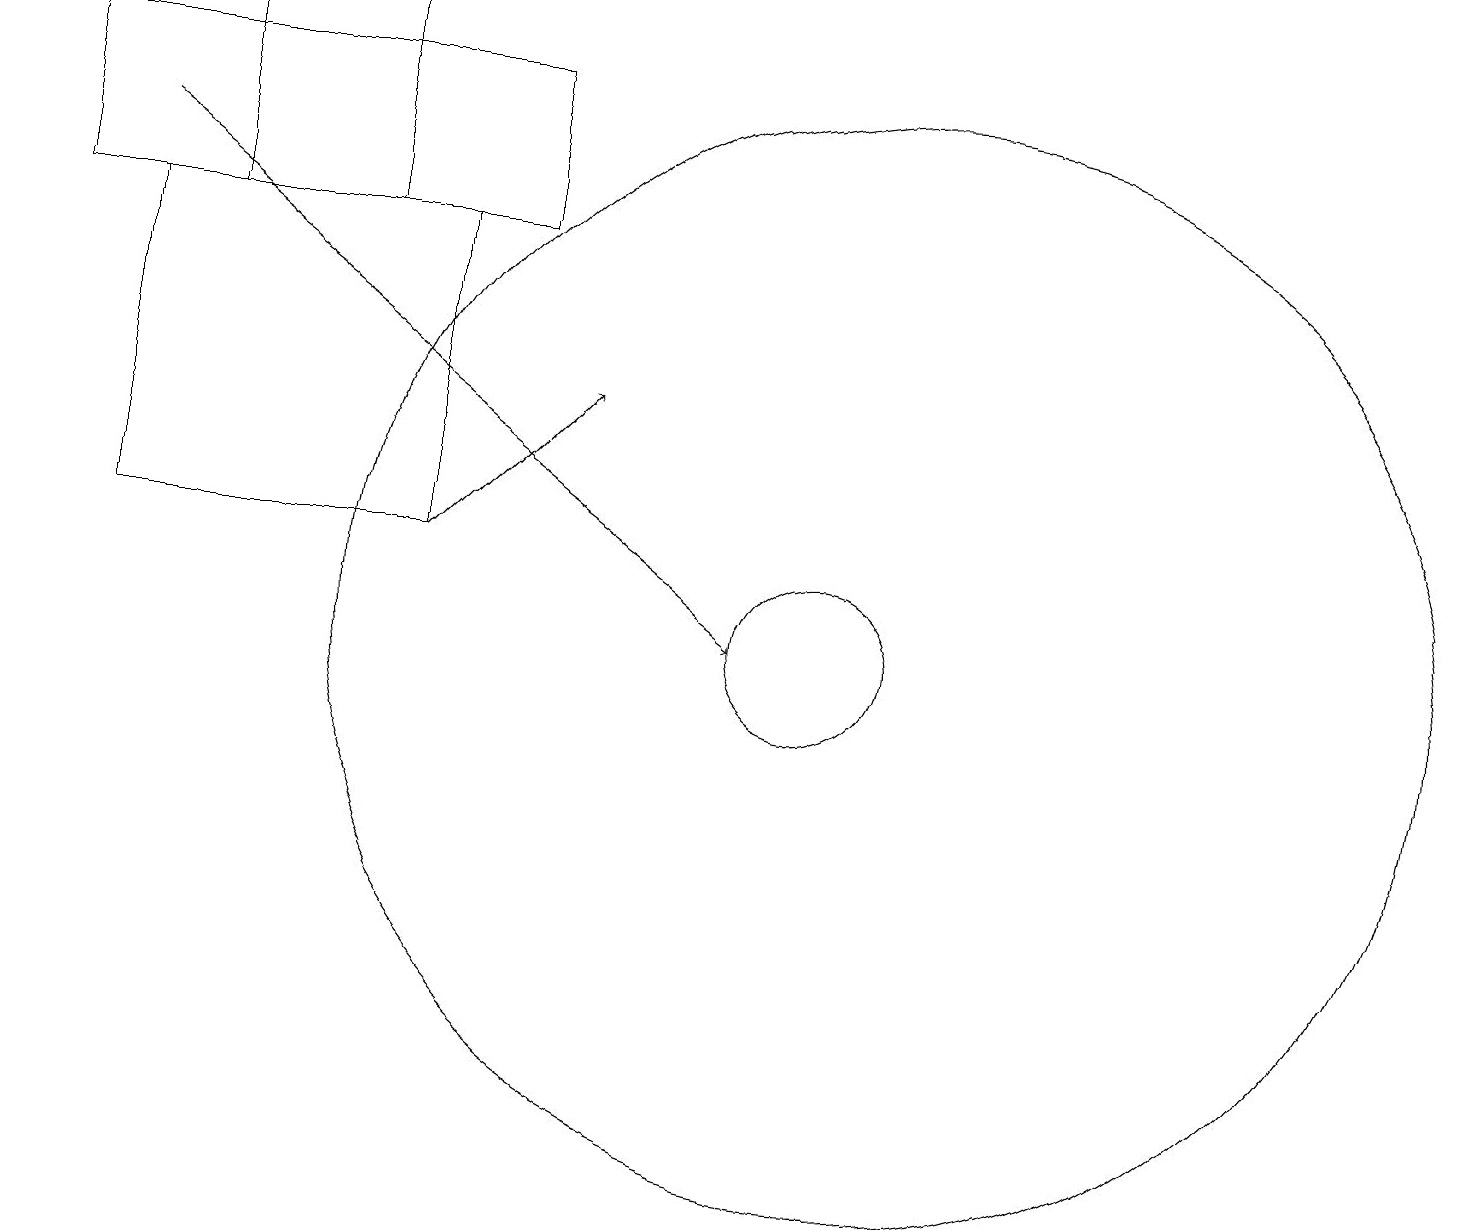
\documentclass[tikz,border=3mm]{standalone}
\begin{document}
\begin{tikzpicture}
\draw[->] (5,12) -- (7,14);
\draw (0,16) rectangle (6,18);
\draw (4,19) rectangle (2,16);
\draw (11,11) circle (7);
\draw (1,12) rectangle (5,16);
\draw (10,11) circle (1);
\draw (11,11) circle (0);
\draw[->] (1,17) -- (9,11);
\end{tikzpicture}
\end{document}